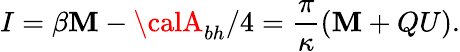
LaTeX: I=\beta\mathbf{M}-{\calA}_{bh}/4=\frac{{\pi}}{{\kappa}}(\mathbf{M}+QU).